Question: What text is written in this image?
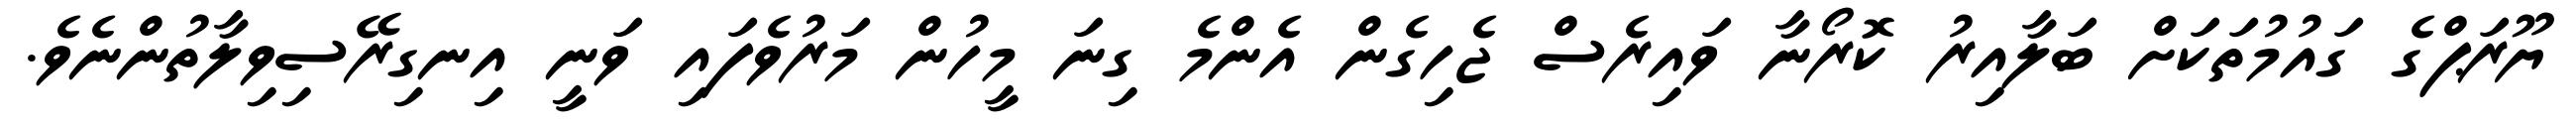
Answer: ޔޫރަޕްގެ ގައުމުތަކަށް ބަލާއިރު ކޮރޯނާ ވައިރެސް ޖެހިގެން އެންމެ ގިނަ މީހުން މަރުވެފައި ވަނީ އިނގިރޭސިވިލާތުންނެވެ.